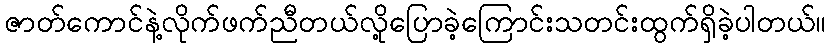
ဇာတ်ကောင်နဲ့လိုက်ဖက်ညီတယ်လို့ပြောခဲ့ကြောင်းသတင်းထွက်ရှိခဲ့ပါတယ်။